Madras plague regulations in force outside the Presidency town - Volume 5
Disease focus: Plague
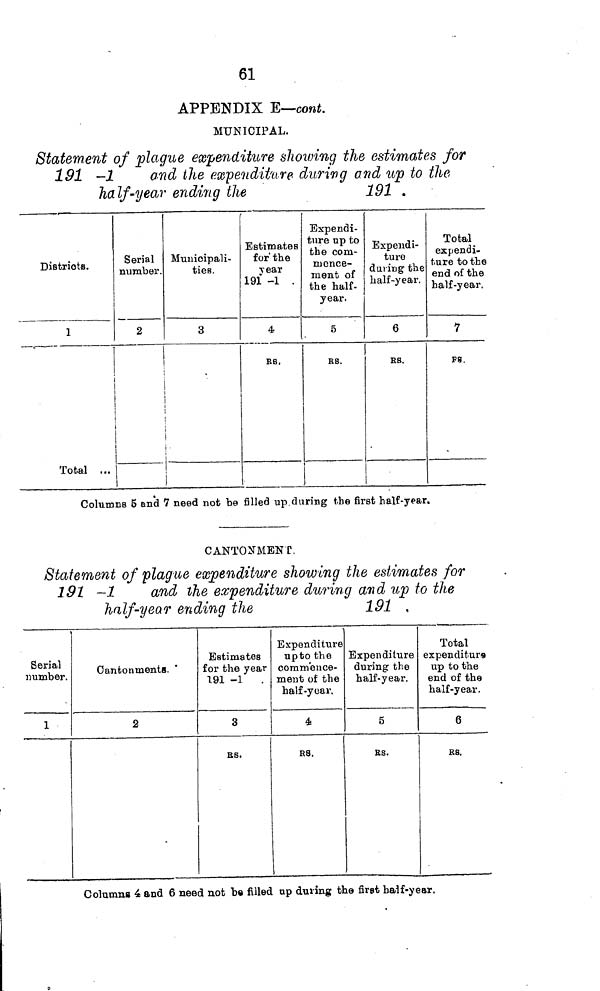
61
APPENDIX E—cont.
MUNICIPAL.
Statement of plague expenditure showing the estimates for
191 -1
and the expenditure during and up to the
half-year ending the
191 .
Districts.
1
Total
Serial
number.
2
Municipali-
ties.
3
Estimates
for the
Tear
191 -1 .
4
RS.
Expendi-
ture up to
the com-
mence-
ment of
the half-
year,
5
RS.
Expendi-
ture
daring the
half-year.
6
RS.
Total
expendi-
ture to the
end of the
half-year.
7
P8.
Columns 5 and 7 need not be filled up during the first half-year.
CANTONMENT.
Statement of plague expenditure showing the estimates for
191 —1
and the expenditure during and up to the
half-year ending the
191 ,
Serial
number.
1
Cantonments.
2
Estimates
for the year
191 -1 .
3
RS.
Expenditure
upto the
commence-
ment of the
half-year.
4
RS.
Expenditure
during the
half-year.
5
RS.
Total
expenditurs
up to the
end of the
half-year.
6
RS.
Columns 4 and 6 need not be filled up during the first half-year.